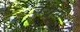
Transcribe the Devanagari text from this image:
नरौरी